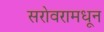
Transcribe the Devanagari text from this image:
सरोवरामधून